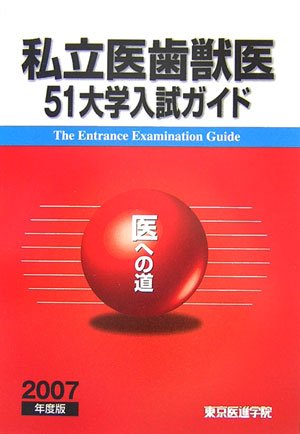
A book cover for Road private dentistry veterinary college entrance examination 51 guide to the "i" <2007 edition> (2006) ISBN: 4881422928 [Japanese Import]; Medical Books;